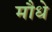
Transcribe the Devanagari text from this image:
मौधे